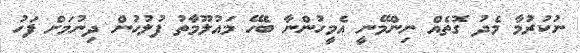
ނުކުރުމާ މެދު ގޮތެއް ނިންމޭނީ އެމީހުންނާ ބެހޭ މައުލޫމާތު ފުލުހުން ދިނުމަށް ފަހު